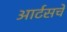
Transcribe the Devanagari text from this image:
आर्टसचे